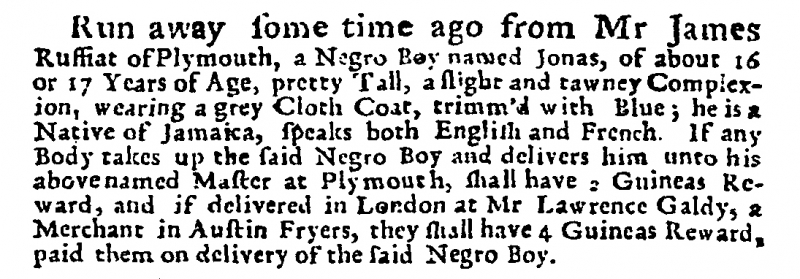
Post Man and the Historical Account, 11 October 1715 (England)
Run away some time ago from Mr James Ruffiat of Plymouth, a Negro Boy named Jonas, of about 16 or 17 Years of Age, pretty Tall, a slight and tawney Complexion, wearing a grey Cloth Coat, trimm’d with Blue; he is a Native of Jamaica, speaks both English and French. If any Body takes up the said Negro Boy and delivers him unto his above named Master at Plymouth, shall have 2 Guineas Reward, and if delivered in London at Mr Lawrence Galdy, a Merchant in Austin Fryers, they shall have 4 Guineas Reward, paid them on delivery of the said Negro Boy.